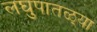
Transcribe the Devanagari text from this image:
लघुपातळ्या